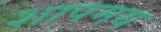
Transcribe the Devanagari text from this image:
शापमय